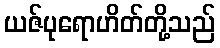
ယဇ်ပုရောဟိတ်တို့သည်